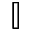
\mathbb { I }